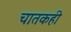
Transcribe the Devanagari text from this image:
चातकही